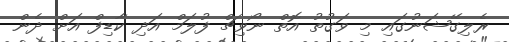
ރެލިގޭޝަނުގައި މި ވަގުތު އޮތް ނޯވިޗް ފުލަމް އަދި ކާޑިފް އަށް ދެން